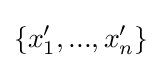
\{x'_{1},...,x'_{n}\}